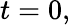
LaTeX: t=0,